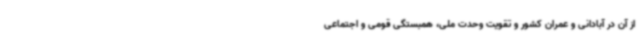
از آن در آبادانی و عمران کشور و تقویت وحدت ملی، همبستگی قومی و اجتماعی